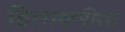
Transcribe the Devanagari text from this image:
हिताकरीता